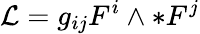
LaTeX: {\mathcal{L}}=g_{ij}F^{i}\wedge*F^{j}